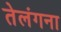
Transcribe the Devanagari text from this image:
तेलंगना